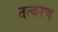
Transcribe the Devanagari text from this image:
तत्करण